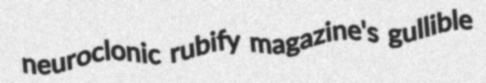
neuroclonic rubify magazine's gullible